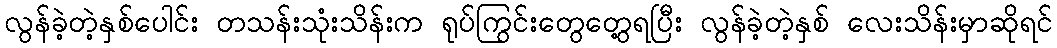
လွန်ခဲ့တဲ့နှစ်ပေါင်း တသန်းသုံးသိန်းက ရုပ်ကြွင်းတွေတွေ့ရပြီး လွန်ခဲ့တဲ့နှစ် လေးသိန်းမှာဆိုရင်